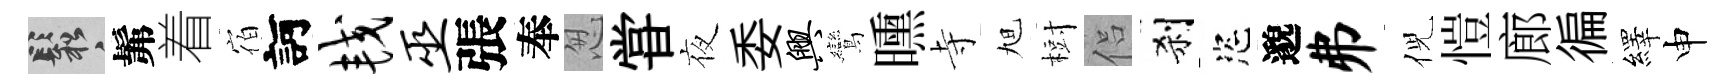
鬆髴着宿訶较巫張奉怱甞夜委兴鸞曛寺旭𣗳侣刹恣邈弗倪愷廊徧繹申